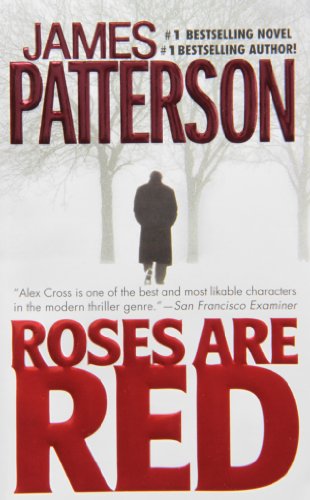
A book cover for Roses Are Red (Alex Cross); James Patterson; Mystery, Thriller & Suspense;